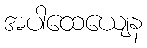
အပါထေယျေန